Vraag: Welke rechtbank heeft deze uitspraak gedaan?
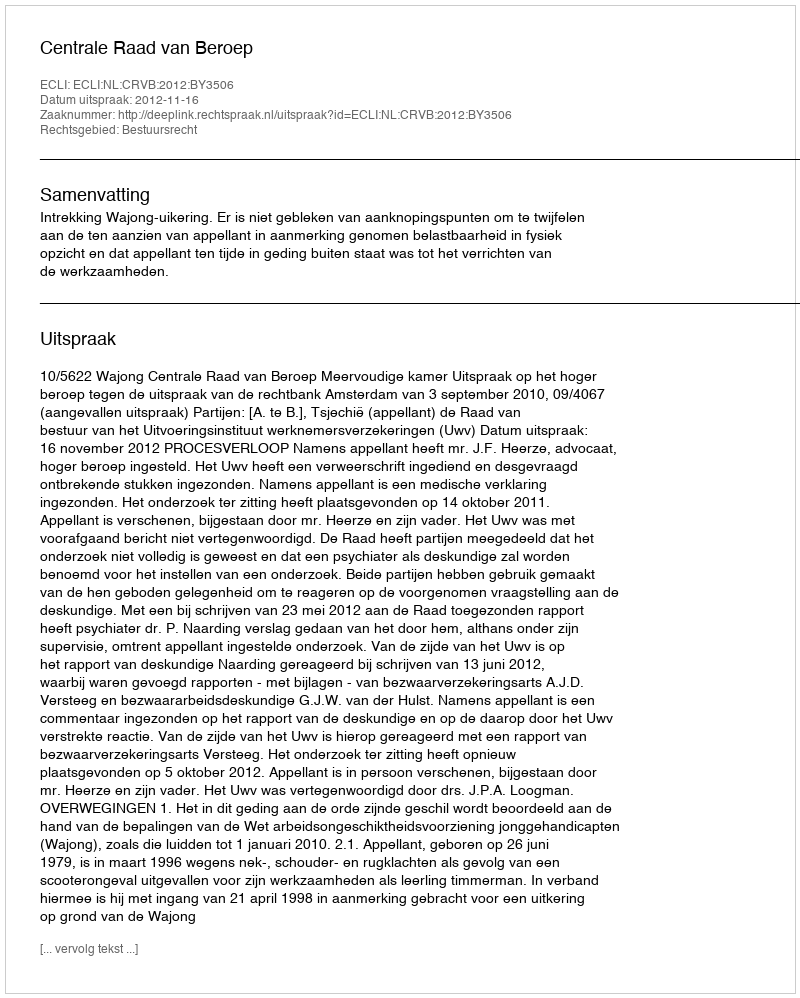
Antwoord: Centrale Raad van Beroep